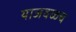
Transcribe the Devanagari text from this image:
याजवळच